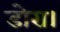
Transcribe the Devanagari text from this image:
डोरा।